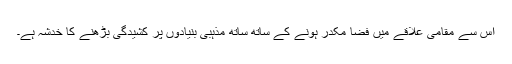
اس سے مقامی علاقے میں فضا مکدر ہونے کے ساتھ ساتھ مذہبی بنیادوں پر کشیدگی بڑھنے کا خدشہ ہے۔